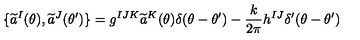
\{ \widetilde { a } ^ { I } ( \theta ) , \widetilde { a } ^ { J } ( \theta ^ { \prime } ) \} = g ^ { I J K } \widetilde { a } ^ { K } ( \theta ) \delta ( \theta - \theta ^ { \prime } ) - \frac { k } { 2 \pi } h ^ { I J } \delta ^ { \prime } ( \theta - \theta ^ { \prime } )